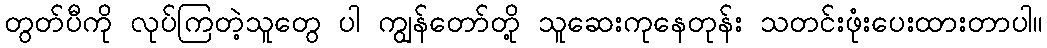
တွတ်ပီကို လုပ်ကြတဲ့သူတွေ ပါ ကျွန်တော်တို့ သူဆေးကုနေတုန်း သတင်းဖုံးပေးထားတာပါ။